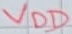
Text: VDD